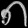
Digit: ၈